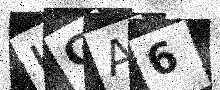
Text: HGA6